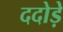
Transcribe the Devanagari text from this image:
ददोड़े